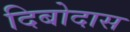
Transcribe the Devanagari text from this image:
दिबोदास